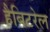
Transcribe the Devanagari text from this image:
हैबिटरेल